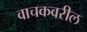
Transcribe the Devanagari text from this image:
वाचकवरील